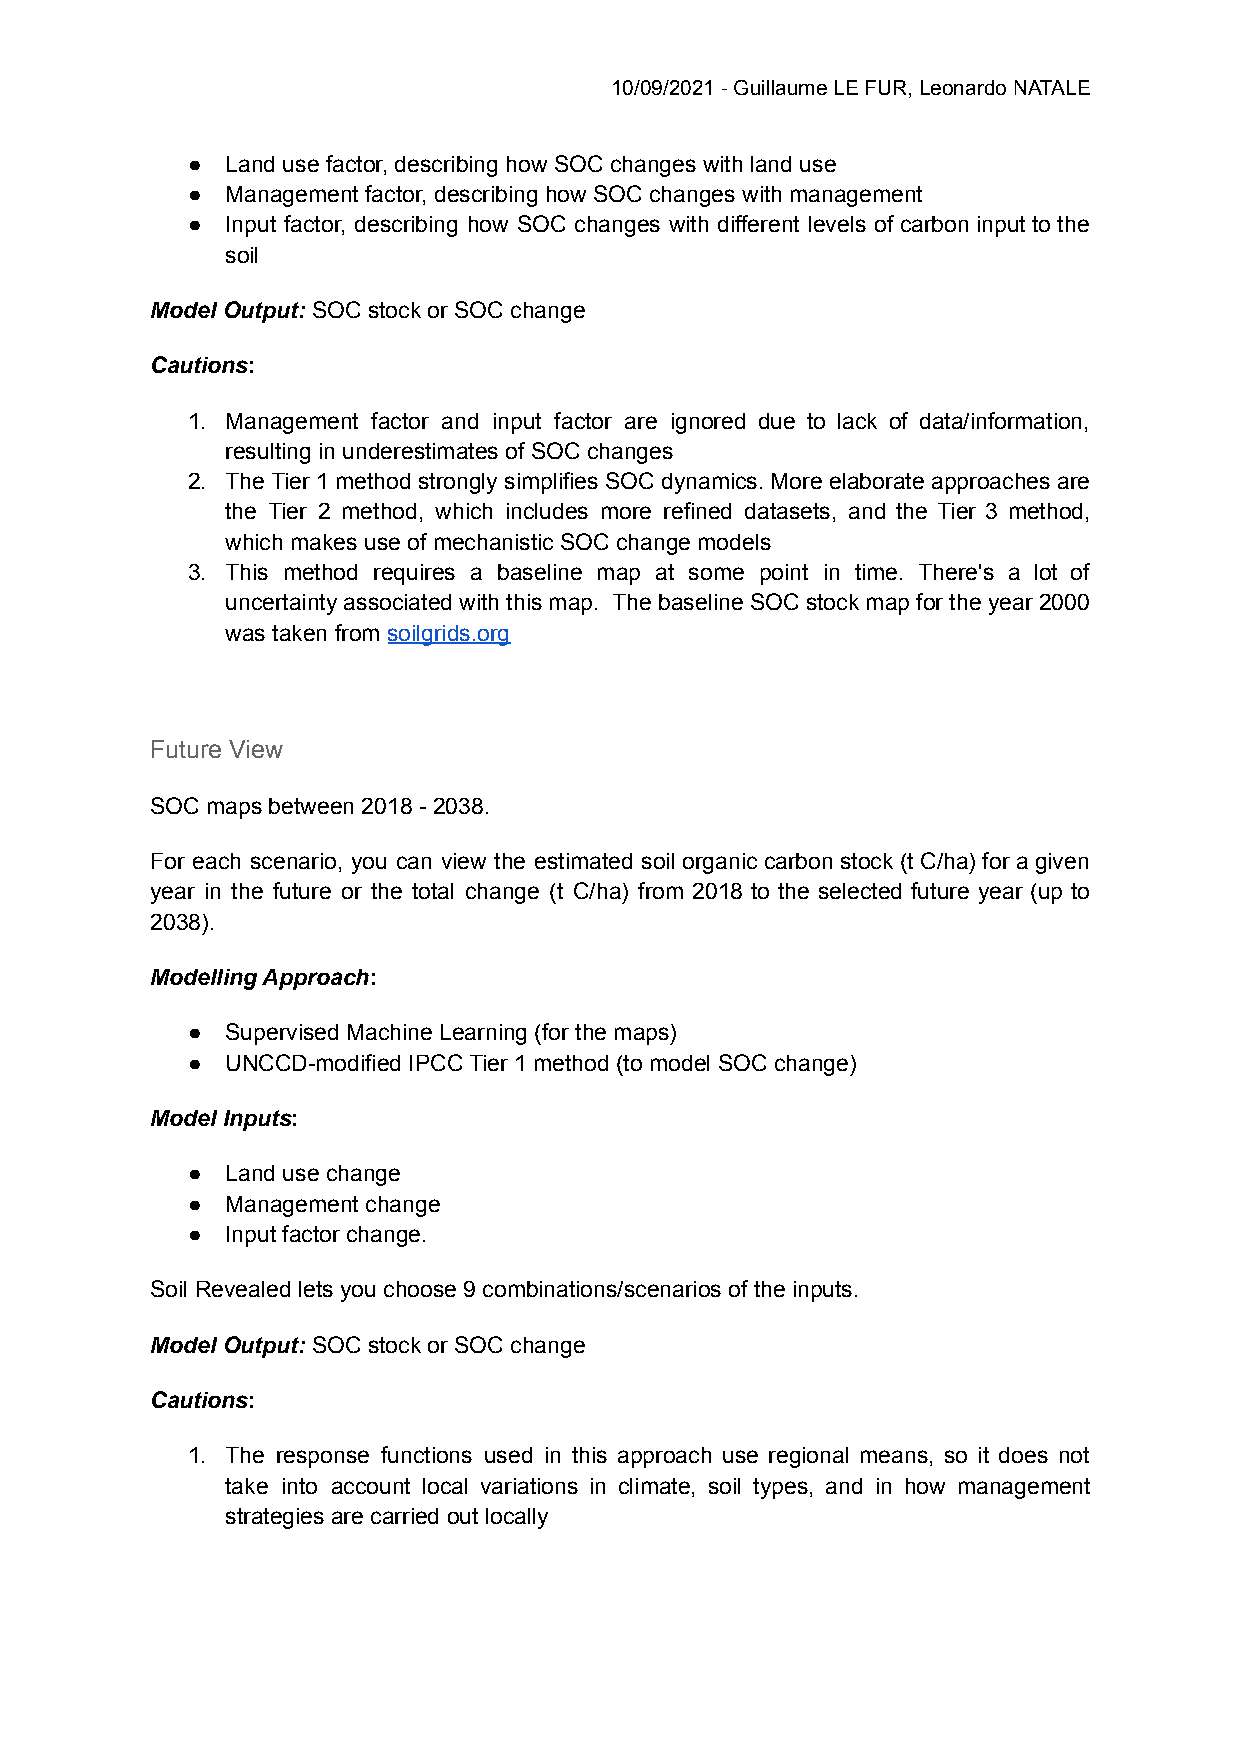
10/09/2021 - Guillaume LE FUR, Leonardo NATALE
 ●  Land use factor, describing how SOC changes with land use
 ●  Management factor, describing how SOC changes with management
 ●  Input factor, describing how SOC changes with different levels of carbon input to the
 soil
 Model Output: SOC stock or SOC change
 Cautions:
 1. Management factor and input factor are ignored due to lack of data/information,
 resulting in underestimates of SOC changes
 2. The Tier 1 method strongly simplifies SOC dynamics. More elaborate approaches are
 the Tier 2 method, which includes more refined datasets, and the Tier 3 method,
 which makes use of mechanistic SOC change models
 3. This method requires a baseline map at some point in time. There's a lot of
 uncertainty associated with this map. The baseline SOC stock map for the year 2000
 was taken from soilgrids.org
 Future View
 SOC maps between 2018 - 2038.
 For each scenario, you can view the estimated soil organic carbon stock (t C/ha) for a given
 year in the future or the total change (t C/ha) from 2018 to the selected future year (up to
 2038).
 Modelling Approach:
 ●  Supervised Machine Learning (for the maps)
 ●  UNCCD-modified IPCC Tier 1 method (to model SOC change)
 Model Inputs:
 ●  Land use change
 ●  Management change
 ●  Input factor change.
 Soil Revealed lets you choose 9 combinations/scenarios of the inputs.
 Model Output: SOC stock or SOC change
 Cautions:
 1. The response functions used in this approach use regional means, so it does not
 take into account local variations in climate, soil types, and in how management
 strategies are carried out locally